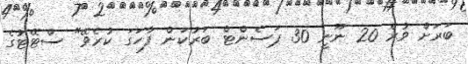
ބަރަށް ވުރެ 20 ނޫނީ 30 ޕަސެންޓް ބަރުކަން ފާހަގަ ކުރެވޭ" ސްޓޭޓުގެ